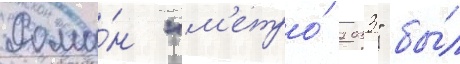
Рома́н "м'етро́ 2033" бы́л